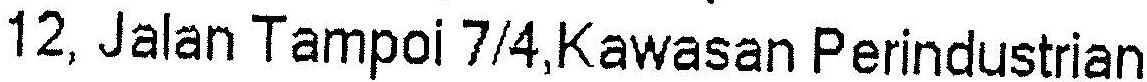
12, JALAN TAMPOI 7/4,KAWASAN PERINDUSTRIAN